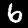
Label: 6